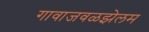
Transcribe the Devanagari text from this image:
गावाजवळझेलम